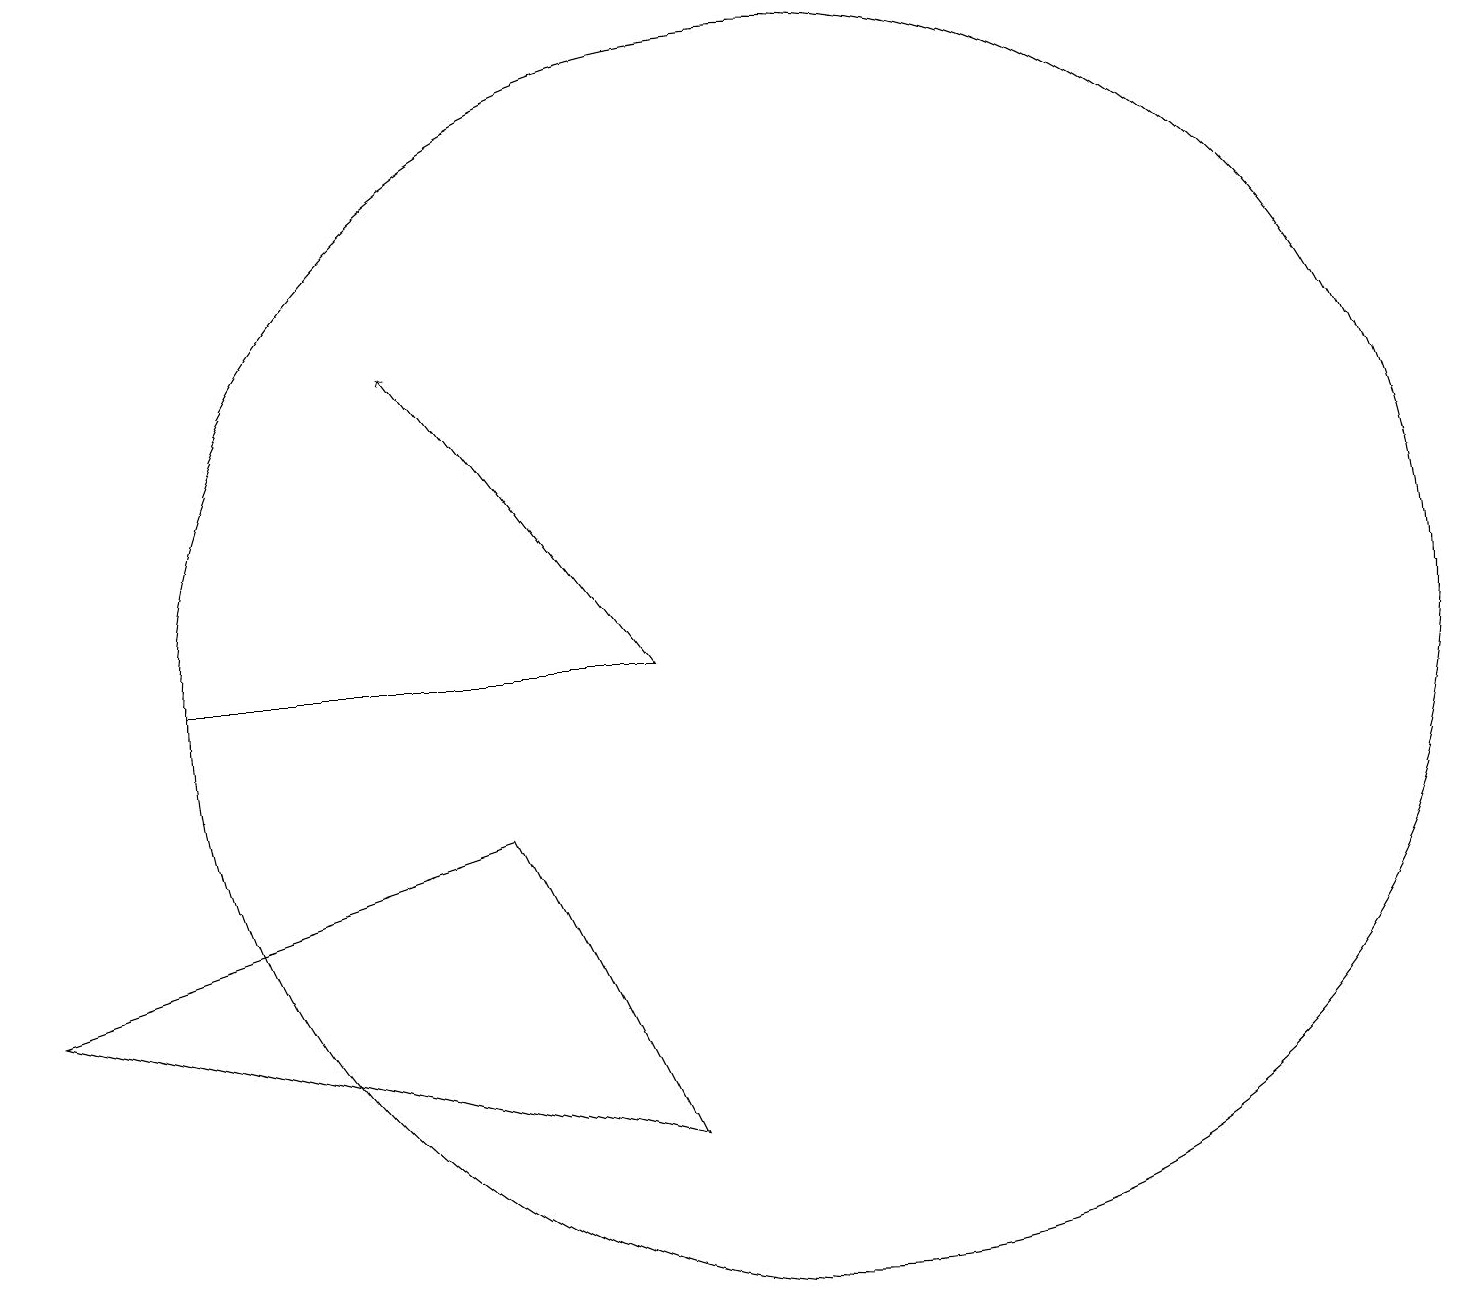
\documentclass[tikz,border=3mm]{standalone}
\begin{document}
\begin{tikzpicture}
\draw (3,11) rectangle (9,11);
\draw (9,5) -- (7,9) -- (1,7) -- cycle;
\draw (11,11) circle (8);
\draw[->] (9,11) -- (6,15);
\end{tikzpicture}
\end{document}